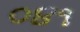
૦૪૧